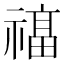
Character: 𮂔